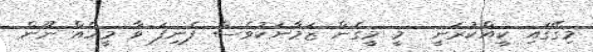
މިގޭގައި ކީއްކުރަނީ  މީ މީގެން ޒަމާނަކުވެސް ފެނިފަ ވާ މީހެއް ނޫން